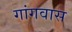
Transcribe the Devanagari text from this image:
गांगवास